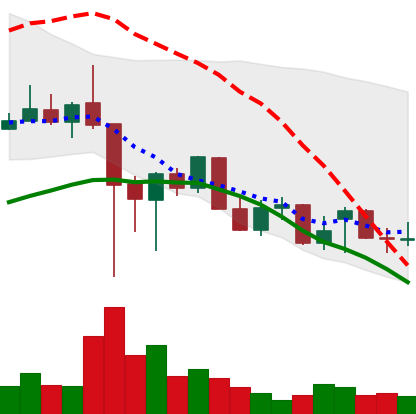
Ticker: XLM-USD
Chart end date: 2021-12-18
Forward return: 12.54%
Label: up_7plus